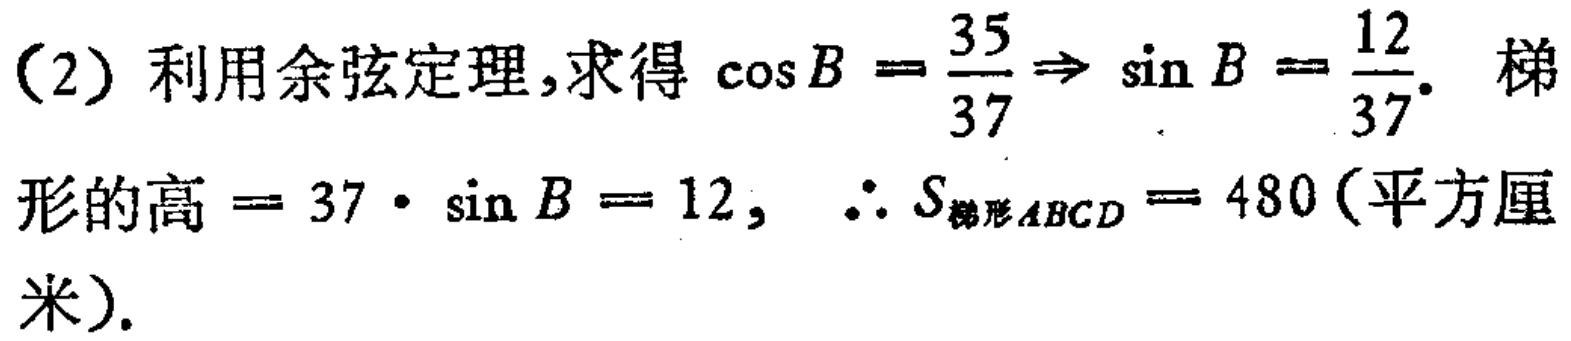
（2）利用余弦定理，求得\(\cos B = \frac{35}{37} \Rightarrow \sin B = \frac{12}{37}\). 梯形的高\( = 37\cdot\sin B = 12\)，\(\therefore S_{梯形ABCD} = 480\)（平方厘米）.